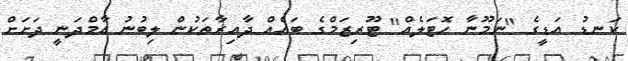
ކަނޑު އަޑީގެ "ނަމޫނާ ހޮޓަލެއް" ޓޫރިޒަމްގެ ބައެއް ދާއިރާތަކުން ލިބުނު އާމްދަނީ ދަށަށް